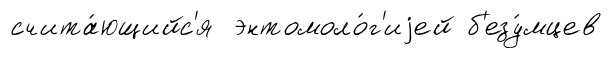
счита́ющийс'я энтомоло́г'иjей б'езу́мцев